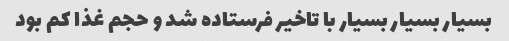
بسیار بسیار بسیار با تاخیر فرستاده شد و حجم غذا کم بود